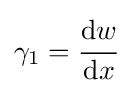
\gamma _{1}={\cfrac {\mathrm {d} w}{\mathrm {d} x}}